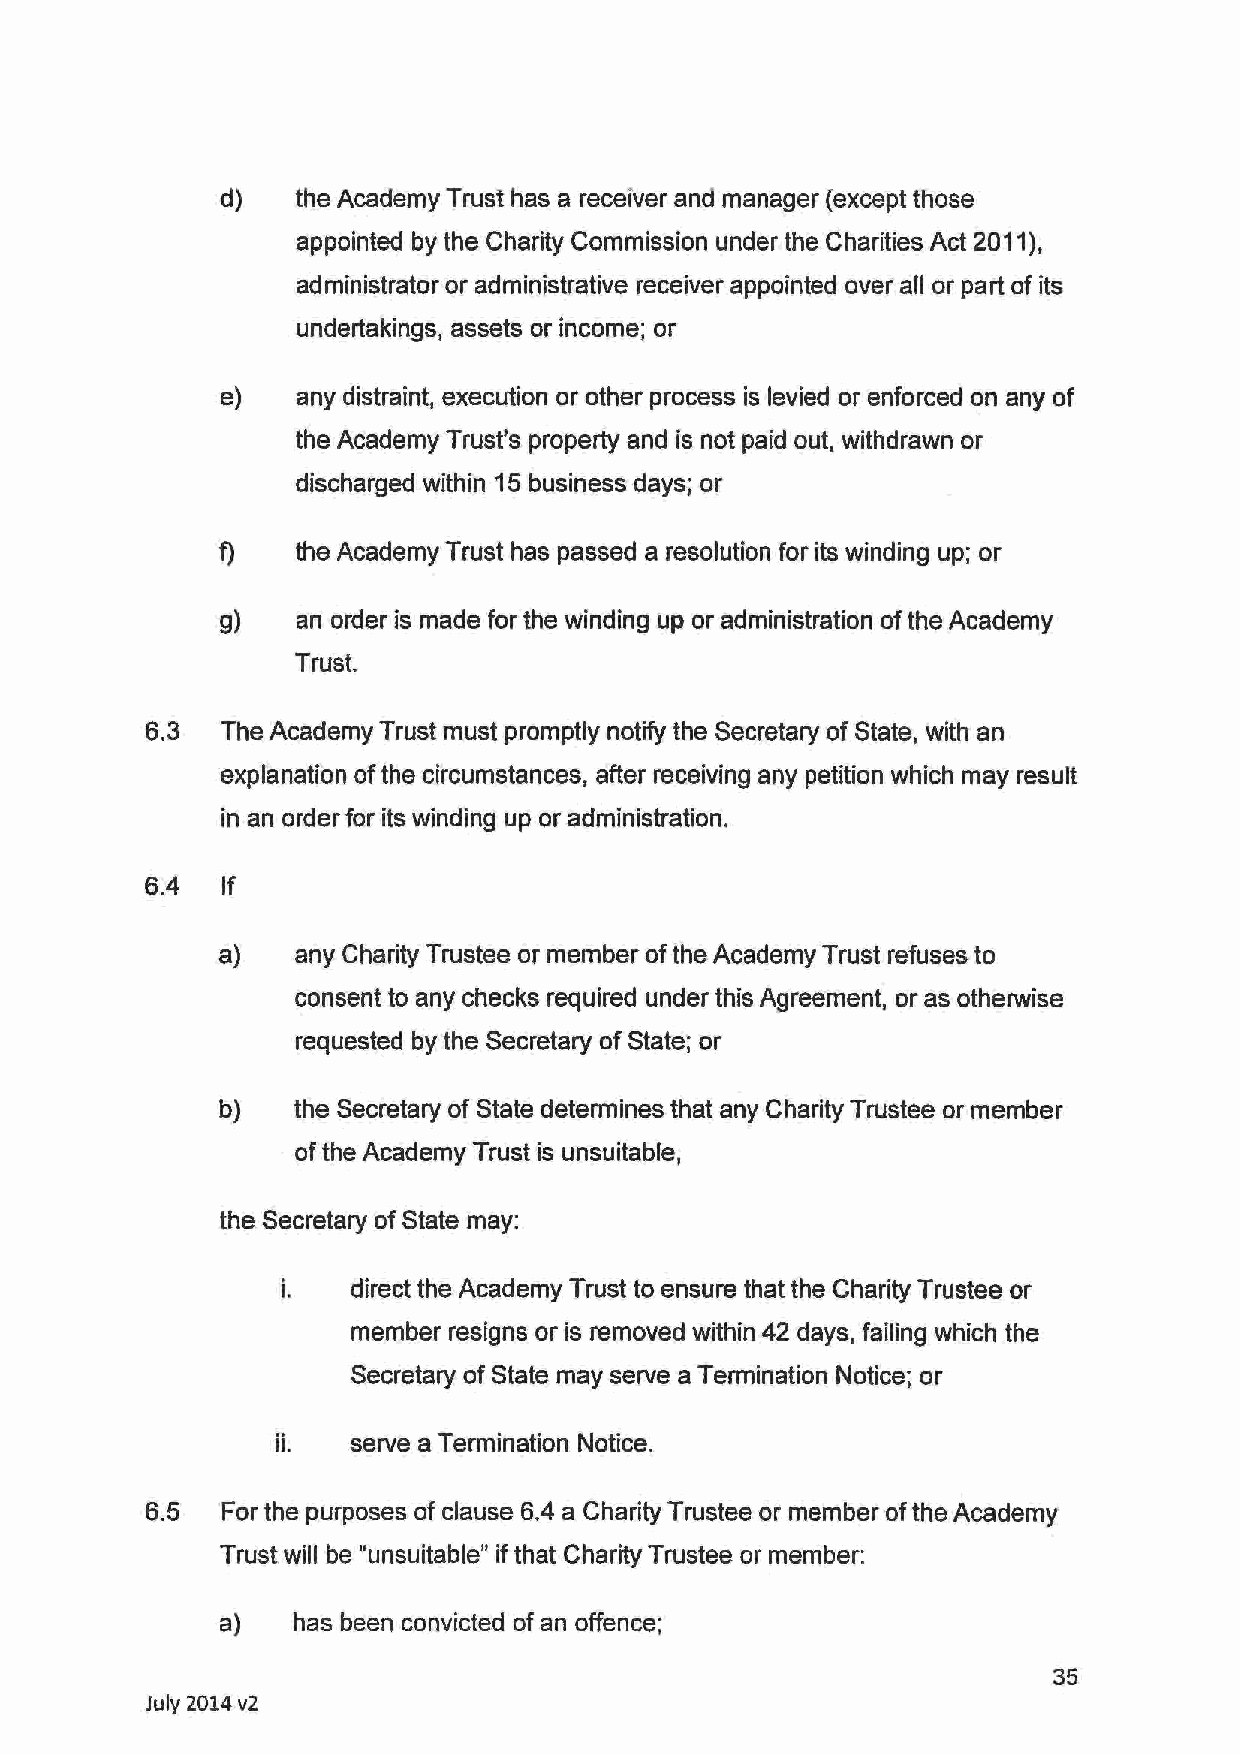
d)   the Academy Trust has a receiver and manager (except those
 appointed by the Charity Commission under the Charities Act 2011),
 administrator or administrative receiver appointed over all or part of its
 undertakings, assets or income; or
 e)   any distraint, execution or other process is levied or enforced on any of
 the Academy Trust's property and is not paid out, withdrawn or
 discharged within 15 business days; or
 f)    the Academy Trust has passed a resolution for its winding up; or
 g)    an order is made for the winding up or administration of the Academy
 Trust.
 6.3  The Academy Trust must promptly notify the Secretary of State, with an
 explanation of the circumstances, after receiving any petition which may result
 in an order for its winding up or administration.
 6.4  If
 a)   any Charity Trustee or member of the Academy Trust refuses to
 consent to any checks required under this Agreement, or as otherwise
 requested by the Secretary of State; or
 b)   the Secretary of State determines that any Charity Trustee or member
 of the Academy Trust is unsuitable,
 the Secretary of State may:
 i.  direct the Academy Trust to ensure that the Charity Trustee or
 member resigns or is removed within 42 days, failing which the
 Secretary of State may serve a Termination Notice; or
 ii.  serve a Termination Notice.
 6.5  For the purposes of clause 6.4 a Charity Trustee or member of the Academy
 Trust will be "unsuitable" if that Charity Trustee or member:
 a)   has been convicted of an offence;
 35
 July 2014 v2